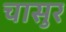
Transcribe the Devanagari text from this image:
चासुर